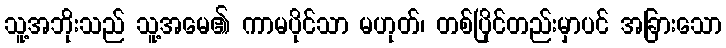
သူ့အဘိုးသည် သူ့အမေ၏ ကာမပိုင်သာ မဟုတ်၊ တစ်ပြိုင်တည်းမှာပင် အခြားသော